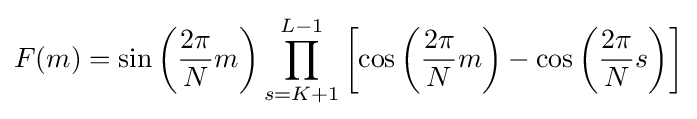
F(m)=\sin \left({\frac {2\pi }{N}}m\right)\prod _{s=K+1}^{L-1}\left[\cos \left({\frac {2\pi }{N}}m\right)-\cos \left({\frac {2\pi }{N}}s\right)\right]